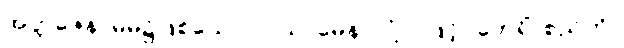
အတ္တဇေန၊ မိမိ၌ဖြစ်သော။ ဝါယာမေန၊ လုံ့လဖြင့်။ ဘေရိံ၊ စည်ကို။